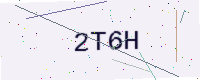
Text: 2T6H